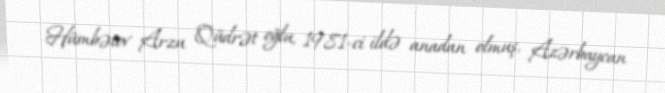
Hümbətov Arzu Qüdrət oğlu, 1981-ci ildə anadan olmuş, Azərbaycan